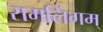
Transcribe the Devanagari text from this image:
रामलिंगम्